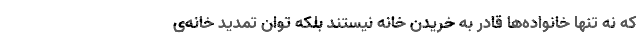
که نه تنها خانواده‌ها قادر به خریدن خانه نیستند بلکه توان تمدید خانه‌ی